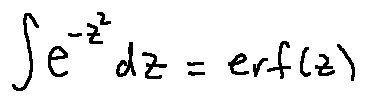
\int e ^ { - z ^ { 2 } } d z = e r f ( z )